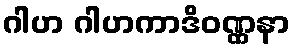
ဂါဟ ဂါဟကာဒိဝဏ္ဏနာ